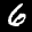
Label: 6